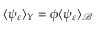
\langle \psi _ { \varepsilon } \rangle _ { Y } = \phi \langle \psi _ { \varepsilon } \rangle _ { \mathcal { B } }